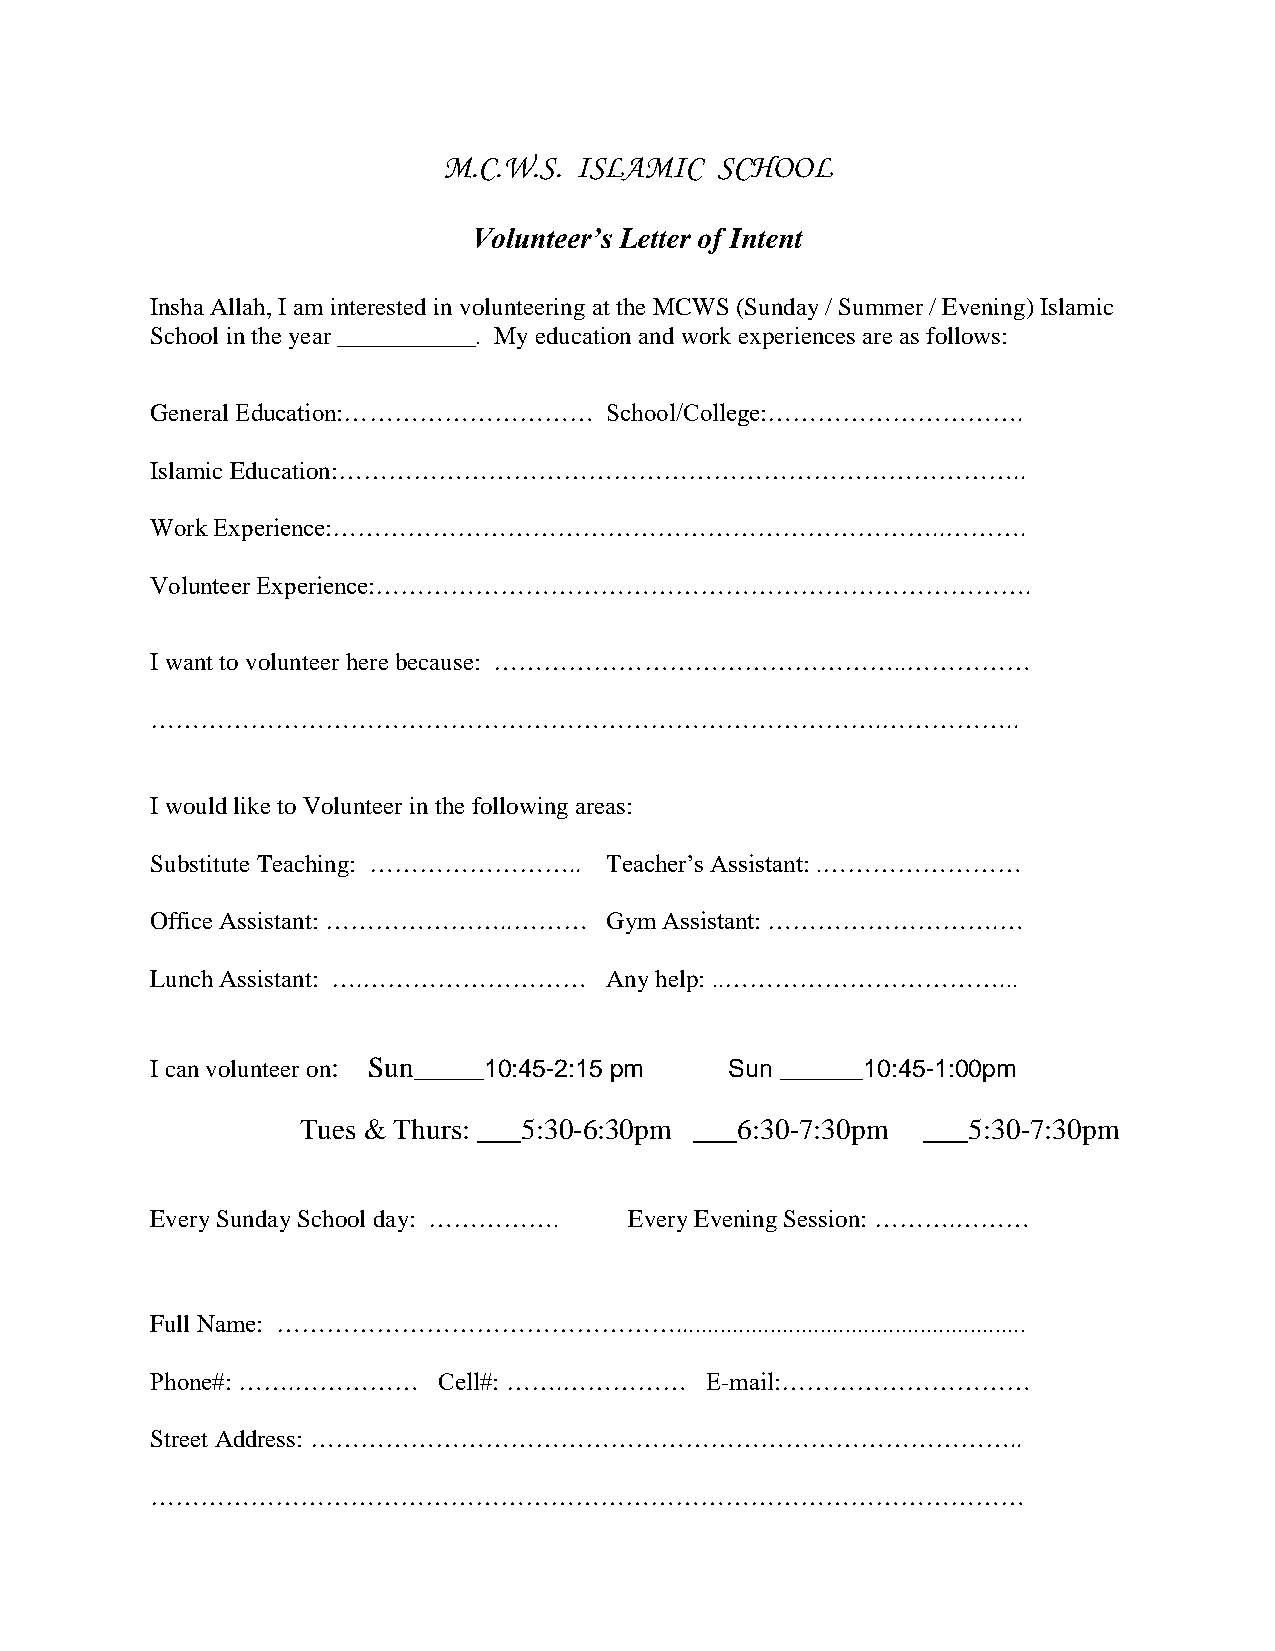
M.C.W.S. ISLAMIC  SCHOOL
 Volunteer’s Letter of Intent
 Insha Allah, I am interested in volunteering at the MCWS (Sunday / Summer / Evening) Islamic
 School in the year ___________. My education and work experiences are as follows:
 General Education:…………………………  School/College:………………………….
 Islamic Education:………………………………………………………………………..
 Work Experience:………………………………………………………………..……….
 Volunteer Experience:…………………………………………………………………….
 I want to volunteer here because: …………………………………………..……………
 …………………………………………………………………………….……………..
 I would like to Volunteer in the following areas:
 Substitute Teaching: …………………….. Teacher’s Assistant: .……………………
 Office Assistant: …………………..……… Gym Assistant: ……………………….…
 Lunch Assistant: ….………………………  Any help: ..……………………………...
 I can volunteer on: Sun_____10:45-2:15 pm Sun ______10:45-1:00pm
 Tues & Thurs: ___5:30-6:30pm ___6:30-7:30pm ___5:30-7:30pm
 Every Sunday School day: ……………. Every Evening Session: ……….………
 Full Name: …………………………………………........................................................
 Phone#: …….……………   Cell#: …….……………   E-mail:…………………………
 Street Address: …………………………………………………………………………..
 ……………………………………………………………………………………………